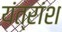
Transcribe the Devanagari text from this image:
यंत्रांश